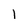
Character: 1